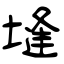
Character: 塳